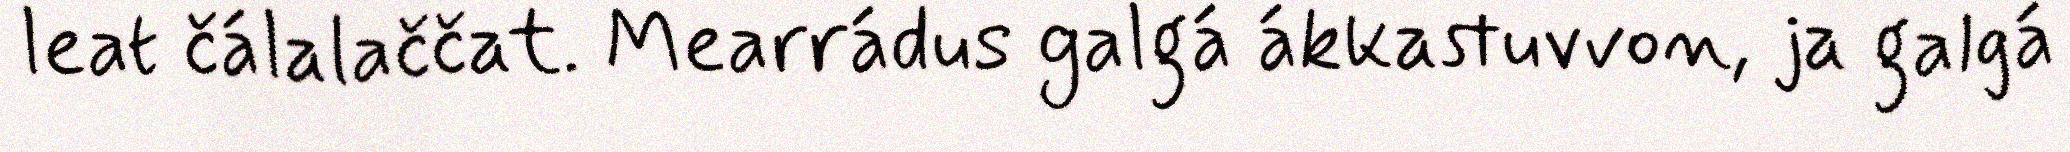
leat čálalaččat. Mearrádus galgá ákkastuvvon, ja galgá